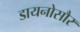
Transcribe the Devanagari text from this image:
डायनोसौर